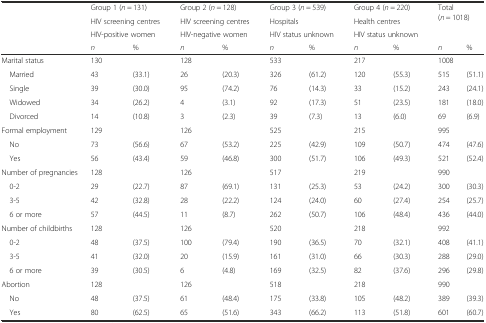
<table><thead><tr><td rowspan="3"></td><td colspan="2"><b>Group 1 (<i>n</i> = 131)</b></td><td colspan="2"><b>Group 2 (<i>n</i> = 128)</b></td><td colspan="2"><b>Group 3 (<i>n</i> = 539)</b></td><td colspan="2"><b>Group 4 (<i>n</i> = 220)</b></td><td rowspan="3" colspan="2"><b>Total (<i>n</i> = 1018)</b></td></tr><tr><td colspan="2"><b>HIV screening centres</b></td><td colspan="2"><b>HIV screening centres</b></td><td colspan="2"><b>Hospitals</b></td><td colspan="2"><b>Health centres</b></td></tr><tr><td colspan="2"><b>HIV-positive women</b></td><td colspan="2"><b>HIV-negative women</b></td><td colspan="2"><b>HIV status unknown</b></td><td colspan="2"><b>HIV status unknown</b></td></tr><tr><td></td><td><b><i>n</i></b></td><td><b>%</b></td><td><b><i>n</i></b></td><td><b>%</b></td><td><b><i>n</i></b></td><td><b>%</b></td><td><b><i>n</i></b></td><td><b>%</b></td><td><b><i>n</i></b></td><td><b>%</b></td></tr></thead><tbody><tr><td>Marital status</td><td>130</td><td></td><td>128</td><td></td><td>533</td><td></td><td>217</td><td></td><td>1008</td><td></td></tr><tr><td> Married</td><td>43</td><td>(33.1)</td><td>26</td><td>(20.3)</td><td>326</td><td>(61.2)</td><td>120</td><td>(55.3)</td><td>515</td><td>(51.1)</td></tr><tr><td> Single</td><td>39</td><td>(30.0)</td><td>95</td><td>(74.2)</td><td>76</td><td>(14.3)</td><td>33</td><td>(15.2)</td><td>243</td><td>(24.1)</td></tr><tr><td> Widowed</td><td>34</td><td>(26.2)</td><td>4</td><td>(3.1)</td><td>92</td><td>(17.3)</td><td>51</td><td>(23.5)</td><td>181</td><td>(18.0)</td></tr><tr><td> Divorced</td><td>14</td><td>(10.8)</td><td>3</td><td>(2.3)</td><td>39</td><td>(7.3)</td><td>13</td><td>(6.0)</td><td>69</td><td>(6.9)</td></tr><tr><td>Formal employment</td><td>129</td><td></td><td>126</td><td></td><td>525</td><td></td><td>215</td><td></td><td>995</td><td></td></tr><tr><td> No</td><td>73</td><td>(56.6)</td><td>67</td><td>(53.2)</td><td>225</td><td>(42.9)</td><td>109</td><td>(50.7)</td><td>474</td><td>(47.6)</td></tr><tr><td> Yes</td><td>56</td><td>(43.4)</td><td>59</td><td>(46.8)</td><td>300</td><td>(51.7)</td><td>106</td><td>(49.3)</td><td>521</td><td>(52.4)</td></tr><tr><td>Number of pregnancies</td><td>128</td><td></td><td>126</td><td></td><td>517</td><td></td><td>219</td><td></td><td>990</td><td></td></tr><tr><td> 0-2</td><td>29</td><td>(22.7)</td><td>87</td><td>(69.1)</td><td>131</td><td>(25.3)</td><td>53</td><td>(24.2)</td><td>300</td><td>(30.3)</td></tr><tr><td> 3-5</td><td>42</td><td>(32.8)</td><td>28</td><td>(22.2)</td><td>124</td><td>(24.0)</td><td>60</td><td>(27.4)</td><td>254</td><td>(25.7)</td></tr><tr><td> 6 or more</td><td>57</td><td>(44.5)</td><td>11</td><td>(8.7)</td><td>262</td><td>(50.7)</td><td>106</td><td>(48.4)</td><td>436</td><td>(44.0)</td></tr><tr><td>Number of childbirths</td><td>128</td><td></td><td>126</td><td></td><td>520</td><td></td><td>218</td><td></td><td>992</td><td></td></tr><tr><td> 0-2</td><td>48</td><td>(37.5)</td><td>100</td><td>(79.4)</td><td>190</td><td>(36.5)</td><td>70</td><td>(32.1)</td><td>408</td><td>(41.1)</td></tr><tr><td> 3-5</td><td>41</td><td>(32.0)</td><td>20</td><td>(15.9)</td><td>161</td><td>(31.0)</td><td>66</td><td>(30.3)</td><td>288</td><td>(29.0)</td></tr><tr><td> 6 or more</td><td>39</td><td>(30.5)</td><td>6</td><td>(4.8)</td><td>169</td><td>(32.5)</td><td>82</td><td>(37.6)</td><td>296</td><td>(29.8)</td></tr><tr><td>Abortion</td><td>128</td><td></td><td>126</td><td></td><td>518</td><td></td><td>218</td><td></td><td>990</td><td></td></tr><tr><td> No</td><td>48</td><td>(37.5)</td><td>61</td><td>(48.4)</td><td>175</td><td>(33.8)</td><td>105</td><td>(48.2)</td><td>389</td><td>(39.3)</td></tr><tr><td> Yes</td><td>80</td><td>(62.5)</td><td>65</td><td>(51.6)</td><td>343</td><td>(66.2)</td><td>113</td><td>(51.8)</td><td>601</td><td>(60.7)</td></tr></tbody></table>